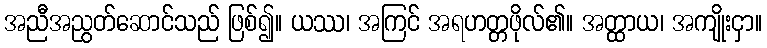
အညီအညွတ်ဆောင်သည် ဖြစ်၍။ ယဿ၊ အကြင် အရဟတ္တဖိုလ်၏။ အတ္ထာယ၊ အကျိုးငှာ။